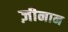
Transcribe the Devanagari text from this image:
ज़ीनान